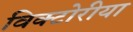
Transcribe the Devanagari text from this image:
विक्टोरीया